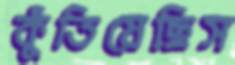
কুঁতিয়েছিস